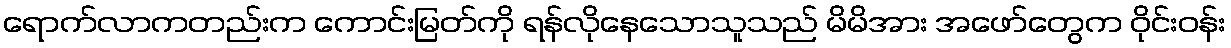
ရောက်လာကတည်းက ကောင်းမြတ်ကို ရန်လိုနေသောသူသည် မိမိအား အဖော်တွေက ဝိုင်းဝန်း